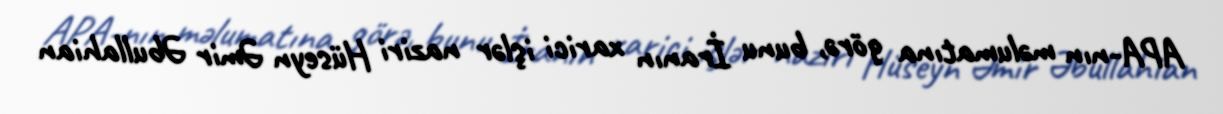
APA-nın məlumatına görə, bunu İranın xarici işlər naziri Hüseyn Əmir Əbullahian